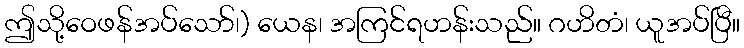
ဤသို့ဝေဖန်အပ်သော်၊) ယေန၊ အကြင်ရဟန်းသည်။ ဂဟိတံ၊ ယူအပ်ပြီ။